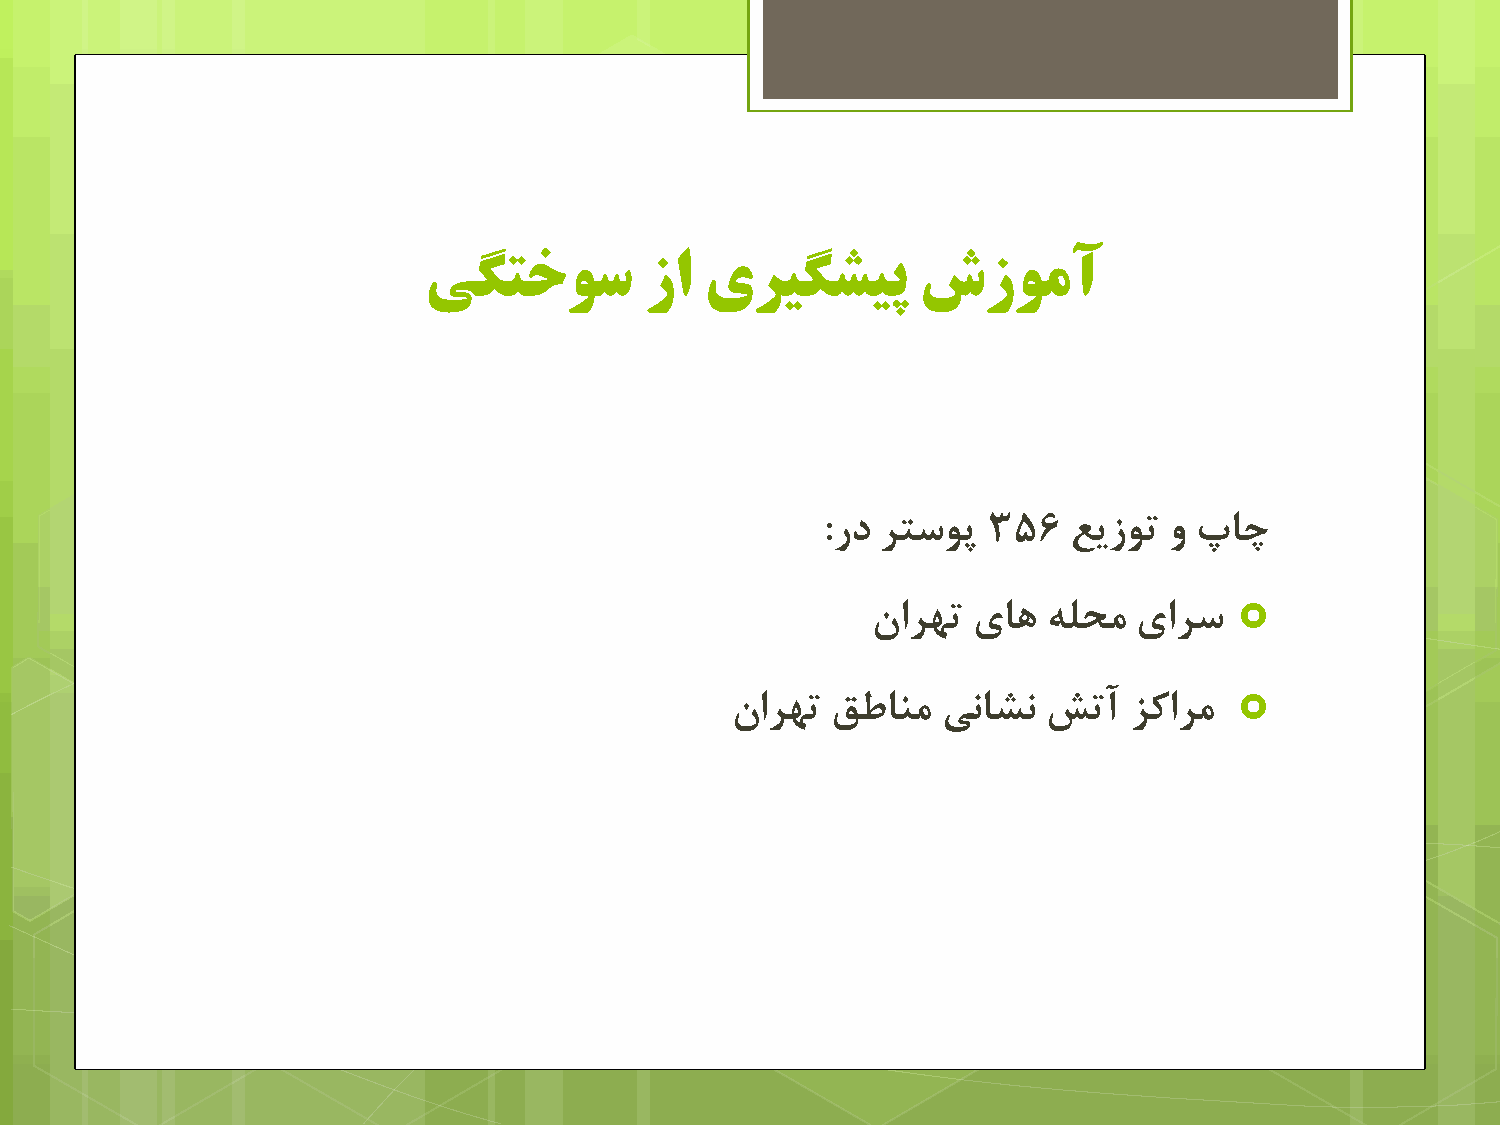
یگتخًس         سا  یزیگطیپ       شسًمآ
 :رد زشسَد 356   عیسَس ٍ حبچ
 
 ىازْس یبّ  ِلحه  یازس
 
 ىازْس  كعبٌه  یًبطً  صسآ   شکازه